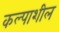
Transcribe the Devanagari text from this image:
कल्पाशील